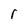
Character: r